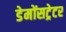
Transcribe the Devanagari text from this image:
डेमोंसट्रेटर